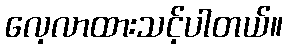
လေ့လာထားသင့်ပါတယ်။